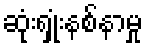
ဆုံးရှုံးနစ်နာမှု